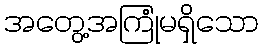
အတွေ့အကြုံမရှိသော